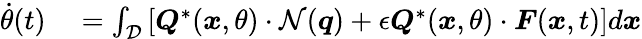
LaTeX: \begin{array}{rl}{\dot{\theta}(t)}&{{}=\int_{\mathcal{D}}\left[\boldsymbol{Q}^{*}(\boldsymbol{x},\theta)\cdot\mathcal{N}(\boldsymbol{q})+\epsilon\boldsymbol{Q}^{*}(\boldsymbol{x},\theta)\cdot\boldsymbol{F}(\boldsymbol{x},t)\right]d\boldsymbol{x}}\end{array}